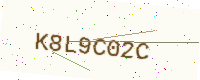
Text: K8L9C02C